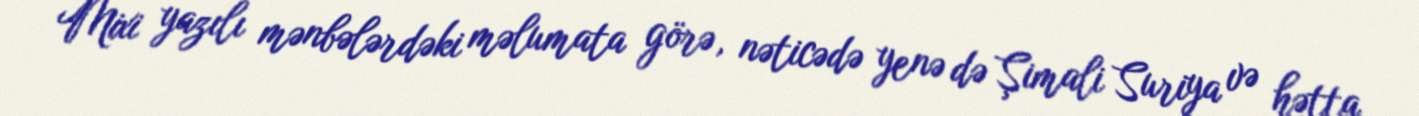
Mixi yazılı mənbələrdəki məlumata görə, nəticədə yenə də Şimali Suriya və hətta